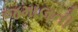
જમાલની